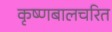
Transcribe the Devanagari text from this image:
कृष्णबालचरित